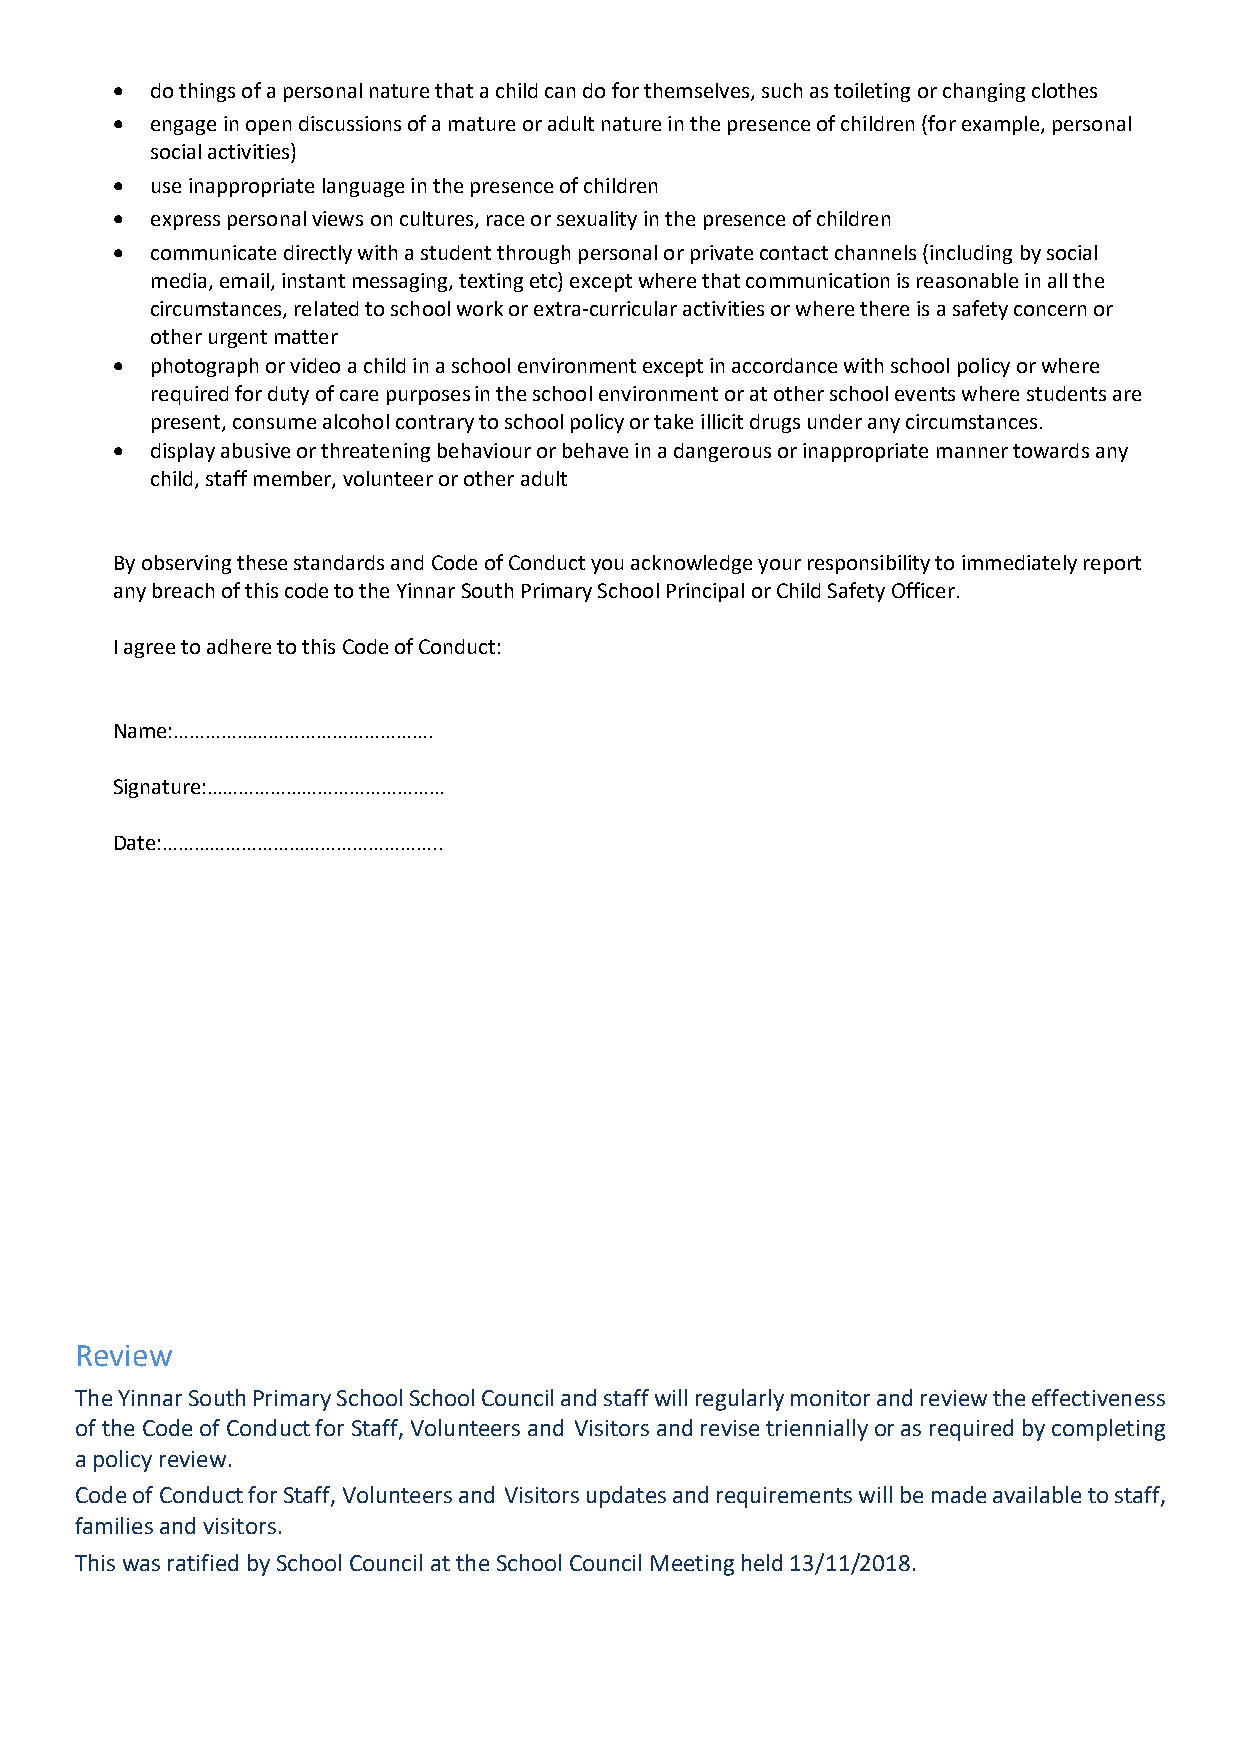
  do things of a personal nature that a child can do for themselves, such as toileting or changing clothes
   engage in open discussions of a mature or adult nature in the presence of children (for example, personal
 social activities)
   use inappropriate language in the presence of children
   express personal views on cultures, race or sexuality in the presence of children
   communicate directly with a student through personal or private contact channels (including by social
 media, email, instant messaging, texting etc) except where that communication is reasonable in all the
 circumstances, related to school work or extra-curricular activities or where there is a safety concern or
 other urgent matter
   photograph or video a child in a school environment except in accordance with school policy or where
 required for duty of care purposes in the school environment or at other school events where students are
 present, consume alcohol contrary to school policy or take illicit drugs under any circumstances.
   display abusive or threatening behaviour or behave in a dangerous or inappropriate manner towards any
 child, staff member, volunteer or other adult
 By observing these standards and Code of Conduct you acknowledge your responsibility to immediately report
 any breach of this code to the Yinnar South Primary School Principal or Child Safety Officer.
 I agree to adhere to this Code of Conduct:
 Name:………………………………………….
 Signature:………………………………………
 Date:……………………………………………..
 Review
 The Yinnar South Primary School School Council and staff will regularly monitor and review the effectiveness
 of the Code of Conduct for Staff, Volunteers and Visitors and revise triennially or as required by completing
 a policy review.
 Code of Conduct for Staff, Volunteers and Visitors updates and requirements will be made available to staff,
 families and visitors.
 This was ratified by School Council at the School Council Meeting held 13/11/2018.